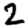
Digit: 2